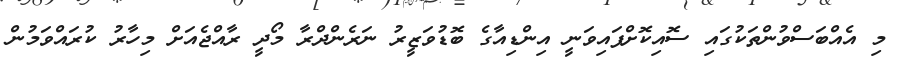
މި އެއްބަސްވުންތަކުގައި ސޮއިކޮށްފައިވަނީ އިންޑިއާގެ ބޮޑުވަޒީރު ނަރެންދްރާ މޯދީ ރާއްޖެއަށް މިހާރު ކުރައްވަމުން